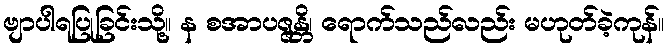
ဗျာပါရပြုခြင်းသို့။ န စအာပဇ္ဇန္တိ၊ ရောက်သည်လည်း မဟုတ်ခဲ့ကုန်။